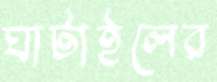
ঘাটাইলের